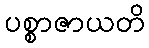
ပစ္စာဇာယတိ